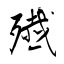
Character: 殱